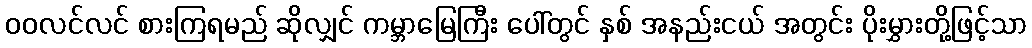
ဝဝလင်လင် စားကြရမည် ဆိုလျှင် ကမ္ဘာမြေကြီး ပေါ်တွင် နှစ် အနည်းငယ် အတွင်း ပိုးမွှားတို့ဖြင့်သာ